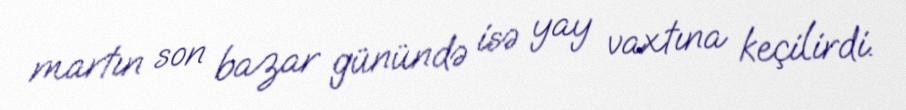
martın son bazar günündə isə yay vaxtına keçilirdi.